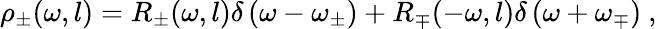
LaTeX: \rho_{\pm}(\omega,l)=R_{\pm}(\omega,l)\delta\left(\omega-\omega_{\pm}\right)+R_{\mp}(-\omega,l)\delta\left(\omega+\omega_{\mp}\right)\ ,